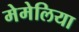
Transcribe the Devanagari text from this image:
मेमेलिया